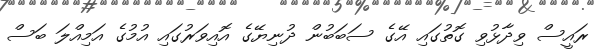
ރައީސް ވިދާޅުވި ގޮތުގައި އޭގެ ސަބަބުން ދުނިޔޭގެ އޮއިވަރުގައި އުމުގެ އަމިއްލަ ބަސް